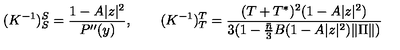
( K ^ { - 1 } ) _ { S } ^ { S } = \frac { 1 - A | z | ^ { 2 } } { P ^ { \prime \prime } ( y ) } , \qquad ( K ^ { - 1 } ) _ { T } ^ { T } = \frac { ( T + T ^ { * } ) ^ { 2 } ( 1 - A | z | ^ { 2 } ) } { 3 ( 1 - \frac { \bar { n } } { 3 } B ( 1 - A | z | ^ { 2 } ) \| \Pi \| ) }